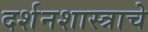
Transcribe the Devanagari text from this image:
दर्शनशास्त्राचे